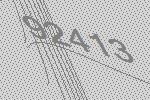
92413